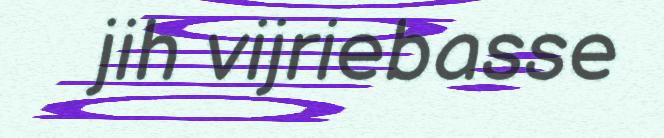
jih vijriebasse